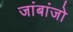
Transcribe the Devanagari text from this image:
जांबांजो